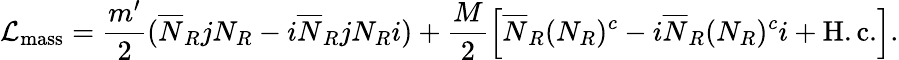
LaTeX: {\cal L}_{\mathrm{mass}}=\frac{m^{\prime}}{2}(\overline{{{N}}}_{R}jN_{R}-i\overline{{{N}}}_{R}jN_{R}i)+\frac{M}{2}\left[\overline{{{N}}}_{R}(N_{R})^{c}-i\overline{{{N}}}_{R}(N_{R})^{c}i+\mathrm{H.c.}\right].